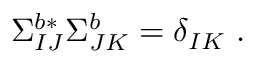
\Sigma _ { I J } ^ { b * } \Sigma _ { J K } ^ { b } = \delta _ { I K } ~ .